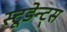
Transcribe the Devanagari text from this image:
स्टूडेन्ट्स